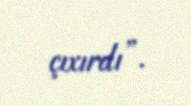
çıxırdı”.